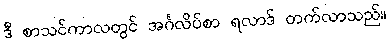
ဒီ စာသင်ကာလတွင် အင်္ဂလိပ်စာ ရလာဒ် တက်လာသည်။